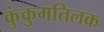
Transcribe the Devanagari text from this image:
कुंकुमतिलक